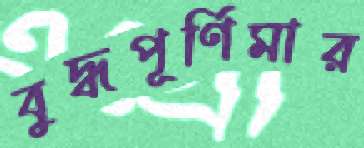
বুদ্ধপূর্ণিমার